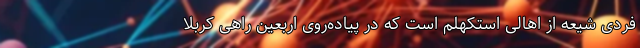
فردی شیعه از اهالی استکهلم است که در پیاده‌روی اربعین راهی کربلا